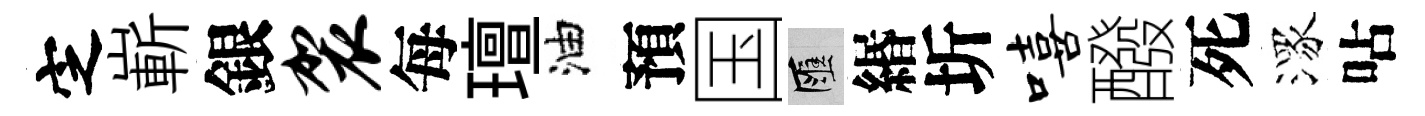
㝎嶄銀袈每璮油預国匯緡圻嘻醱死潈呫